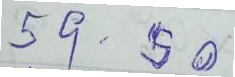
59 - 50